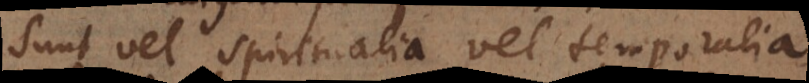
sunt vel spiritualia vel temporalia,